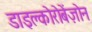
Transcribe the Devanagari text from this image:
डाइक्लोरोबेंज़ोन